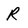
Character: R